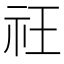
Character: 𥘛